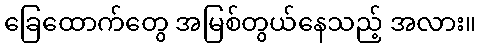
ခြေထောက်တွေ အမြစ်တွယ်နေသည့် အလား။